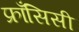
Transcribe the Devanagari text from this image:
फ्राँसिसी